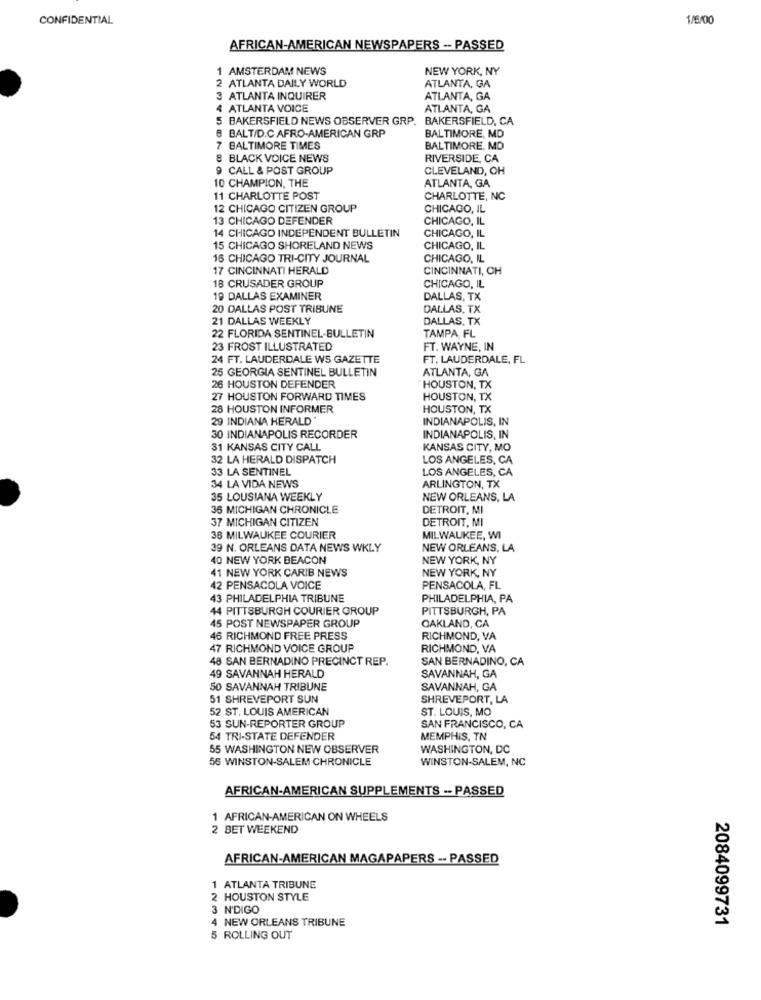
CONFIDENTIAL
1/5/00
AFRICAN-AMERICAN NEWSPAPERS -- PASSED
1 AMSTERDAM NEWS
NEW YORK, NY
2 ATLANTA DAILY WORLD
ATLANTA, GA
3 ATLANTA INQUIRER
ATLANTA, GA
4 ATLANTA VOICE
ATLANTA, GA
5 BAKERSFIELD NEWS OBSERVER GRP. BAKERSFIELD, CA
8 BALT/D.C AFRO-AMERICAN GRP
BALTIMORE, MD
7 BALTIMORE TIMES
BALTIMORE, MD
8 BLACK VOICE NEWS
RIVERSIDE, CA
9 CALL & POST GROUP
CLEVELAND, OH
10 CHAMPION, THE
ATLANTA, GA
11 CHARLOTTE POST
CHARLOTTE, NC
12 CHICAGO CITIZEN GROUP
CHICAGO, IL
13 CHICAGO DEFENDER
CHICAGO, IL
14 CHICAGO INDEPENDENT BULLETIN
CHICAGO, IL
15 CHICAGO SHORELAND NEWS
CHICAGO, IL
16 CHICAGO TRI-CITY JOURNAL
CHICAGO, IL
17 CINCINNATI HERALD
CINCINNATI, OH
18 CRUSADER GROUP
CHICAGO, IL
19 DALLAS EXAMINER
DALLAS, TX
20 DALLAS POST TRIBUNE
DALLAS, TX
21 DALLAS WEEKLY
DALLAS, TX
22 FLORIDA SENTINEL-BULLETIN
TAMPA FL
23 FROST ILLUSTRATED
FT. WAYNE, IN
24 FT. LAUDERDALE WS GAZETTE
FT. LAUDERDALE, FL
25 GEORGIA SENTINEL BULLETIN
ATLANTA, GA
26 HOUSTON DEFENDER
HOUSTON, TX
27 HOUSTON FORWARD TIMES
HOUSTON, TX
28 HOUSTON INFORMER
HOUSTON, TX
29 INDIANA HERALD
INDIANAPOLIS, IN
30 INDIANAPOLIS RECORDER
INDIANAPOLIS, IN
31 KANSAS CITY CALL
KANSAS CITY, MO
32 LA HERALD DISPATCH
LOS ANGELES, CA
33 LA SENTINEL
LOS ANGELES, CA
34 LA VIDA NEWS
ARLINGTON, TX
35 LOUSIANA WEEKLY
NEW ORLEANS, LA
36 MICHIGAN CHRONICLE
DETROIT, M
37 MICHIGAN CITIZEN
DETROIT, MI
36 MILWAUKEE COURIER
MILWAUKEE, WI
39 N. ORLEANS DATA NEWS WKLY
NEW ORLEANS, LA
40 NEW YORK BEACON
NEW YORK, NY
NEW YORK, NY
41 NEW YORK CARIB NEWS
42 PENSACOLA VOICE
PENSACOLA, FL
43 PHILADELPHIA TRIBUNE
PHILADELPHIA, PA
44 PITTSBURGH COURIER GROUP
PITTSBURGH, PA
45 POST NEWSPAPER GROUP
OAKLAND, CA
46 RICHMOND FREE PRESS
RICHMOND, VA
47 RICHMOND VOICE GROUP
RICHMOND, VA
48 SAN BERNADINO PRECINCT REP.
SAN BERNADINO, CA
49 SAVANNAH HERALD
SAVANNAH, GA
50 SAVANNAH TRIBUNE
SAVANNAH, GA
51 SHREVEPORT SUN
SHREVEPORT, LA
52 ST. LOUIS AMERICAN
ST. LOUIS, MO
53 SUN-REPORTER GROUP
SAN FRANCISCO, CA
54 TRI-STATE DEFENDER
MEMPHIS, TN
55 WASHINGTON NEW OBSERVER
WASHINGTON, DC
55 WINSTON-SALEM CHRONICLE
WINSTON-SALEM, NC
AFRICAN-AMERICAN SUPPLEMENTS -- PASSED
1 AFRICAN-AMERICAN ON WHEELS
2 BET WEEKEND
AFRICAN-AMERICAN MAGAPAPERS -. PASSED
1 ATLANTA TRIBUNE
2 HOUSTON STYLE
3 N'DIGO
4 NEW ORLEANS TRIBUNE
2084099731
5 ROLLING OUT